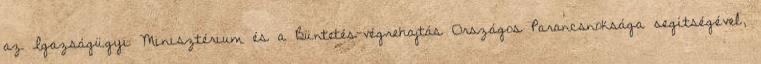
az Igazságügyi Minisztérium és a Büntetés-végrehajtás Országos Parancsnoksága segítségével,